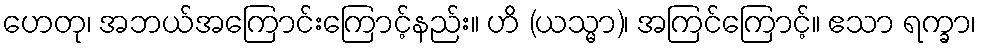
ဟေတု၊ အဘယ်အကြောင်းကြောင့်နည်း။ ဟိ (ယသ္မာ)၊ အကြင်ကြောင့်။ ဧသာ ရက္ခာ၊